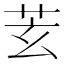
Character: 𦬾